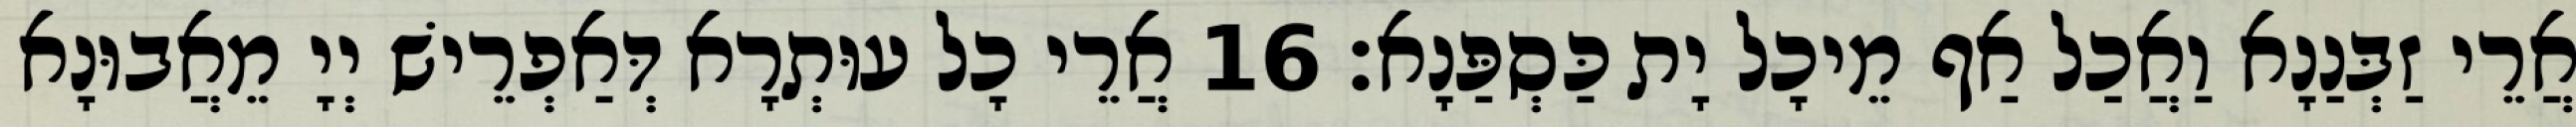
אֲרֵי זַבְּנַנָא וַאֲכַל אַף מֵיכָל יָת כַּסְפַּנָא׃ 16 אֲרֵי כָל עוּתְרָא דְּאַפְרֵישׁ יְיָ מֵאֲבוּנָא